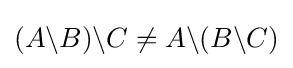
(A\backslash B)\backslash C\neq A\backslash (B\backslash C)